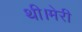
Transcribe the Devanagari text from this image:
थी।मेरी